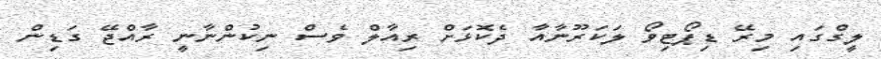
ލީގްގައި މިރޭ ޑިޕޯޓިވޯ ލަކަރޫނާއާ ދެކޮޅަށް ރިއާލް ވެސް ނިކުންނާނީ ރާއްޖޭ ގަޑިން